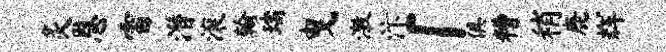
灸恩雷潜滚翰瑞曳激汴「俱糟稍鹿辉